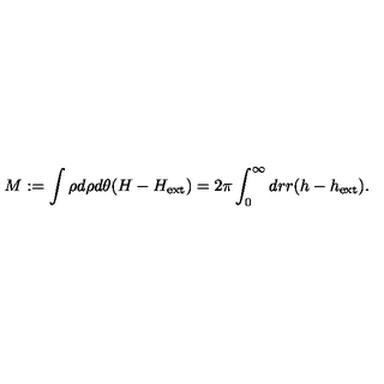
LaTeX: M : = \int \rho d \rho d \theta ( H - H _ { \mathrm { e x t } } ) = 2 \pi \int _ { 0 } ^ { \infty } d r r ( h - h _ { \mathrm { e x t } } ) .